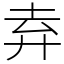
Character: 弆